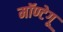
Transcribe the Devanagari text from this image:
मॉण्टेगू